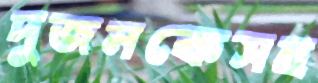
দুজনকেসহ